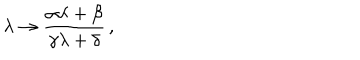
\lambda \to \frac { \alpha \lambda + \beta } { \gamma \lambda + \delta } \, ,